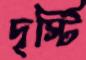
দৃস্টি